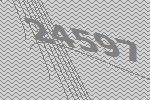
24597